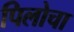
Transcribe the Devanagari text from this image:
पिलोचा